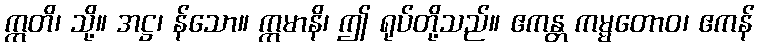
ဣတိ၊ သို့။ အဋ္ဌ၊ န်သော။ ဣမာနိ၊ ဤ ရုပ်တို့သည်။ ဧကန္တ ကမ္မတောဝ၊ ဧကန်